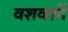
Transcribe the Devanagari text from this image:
वशवर्शी